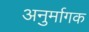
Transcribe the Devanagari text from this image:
अनुर्मागक